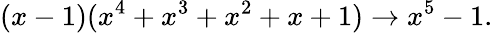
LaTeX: (x-1)(x^{4}+x^{3}+x^{2}+x+1)\rightarrow x^{5}-1.